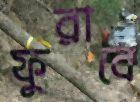
ফুরাবে